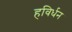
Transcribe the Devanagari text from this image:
हविर्धन